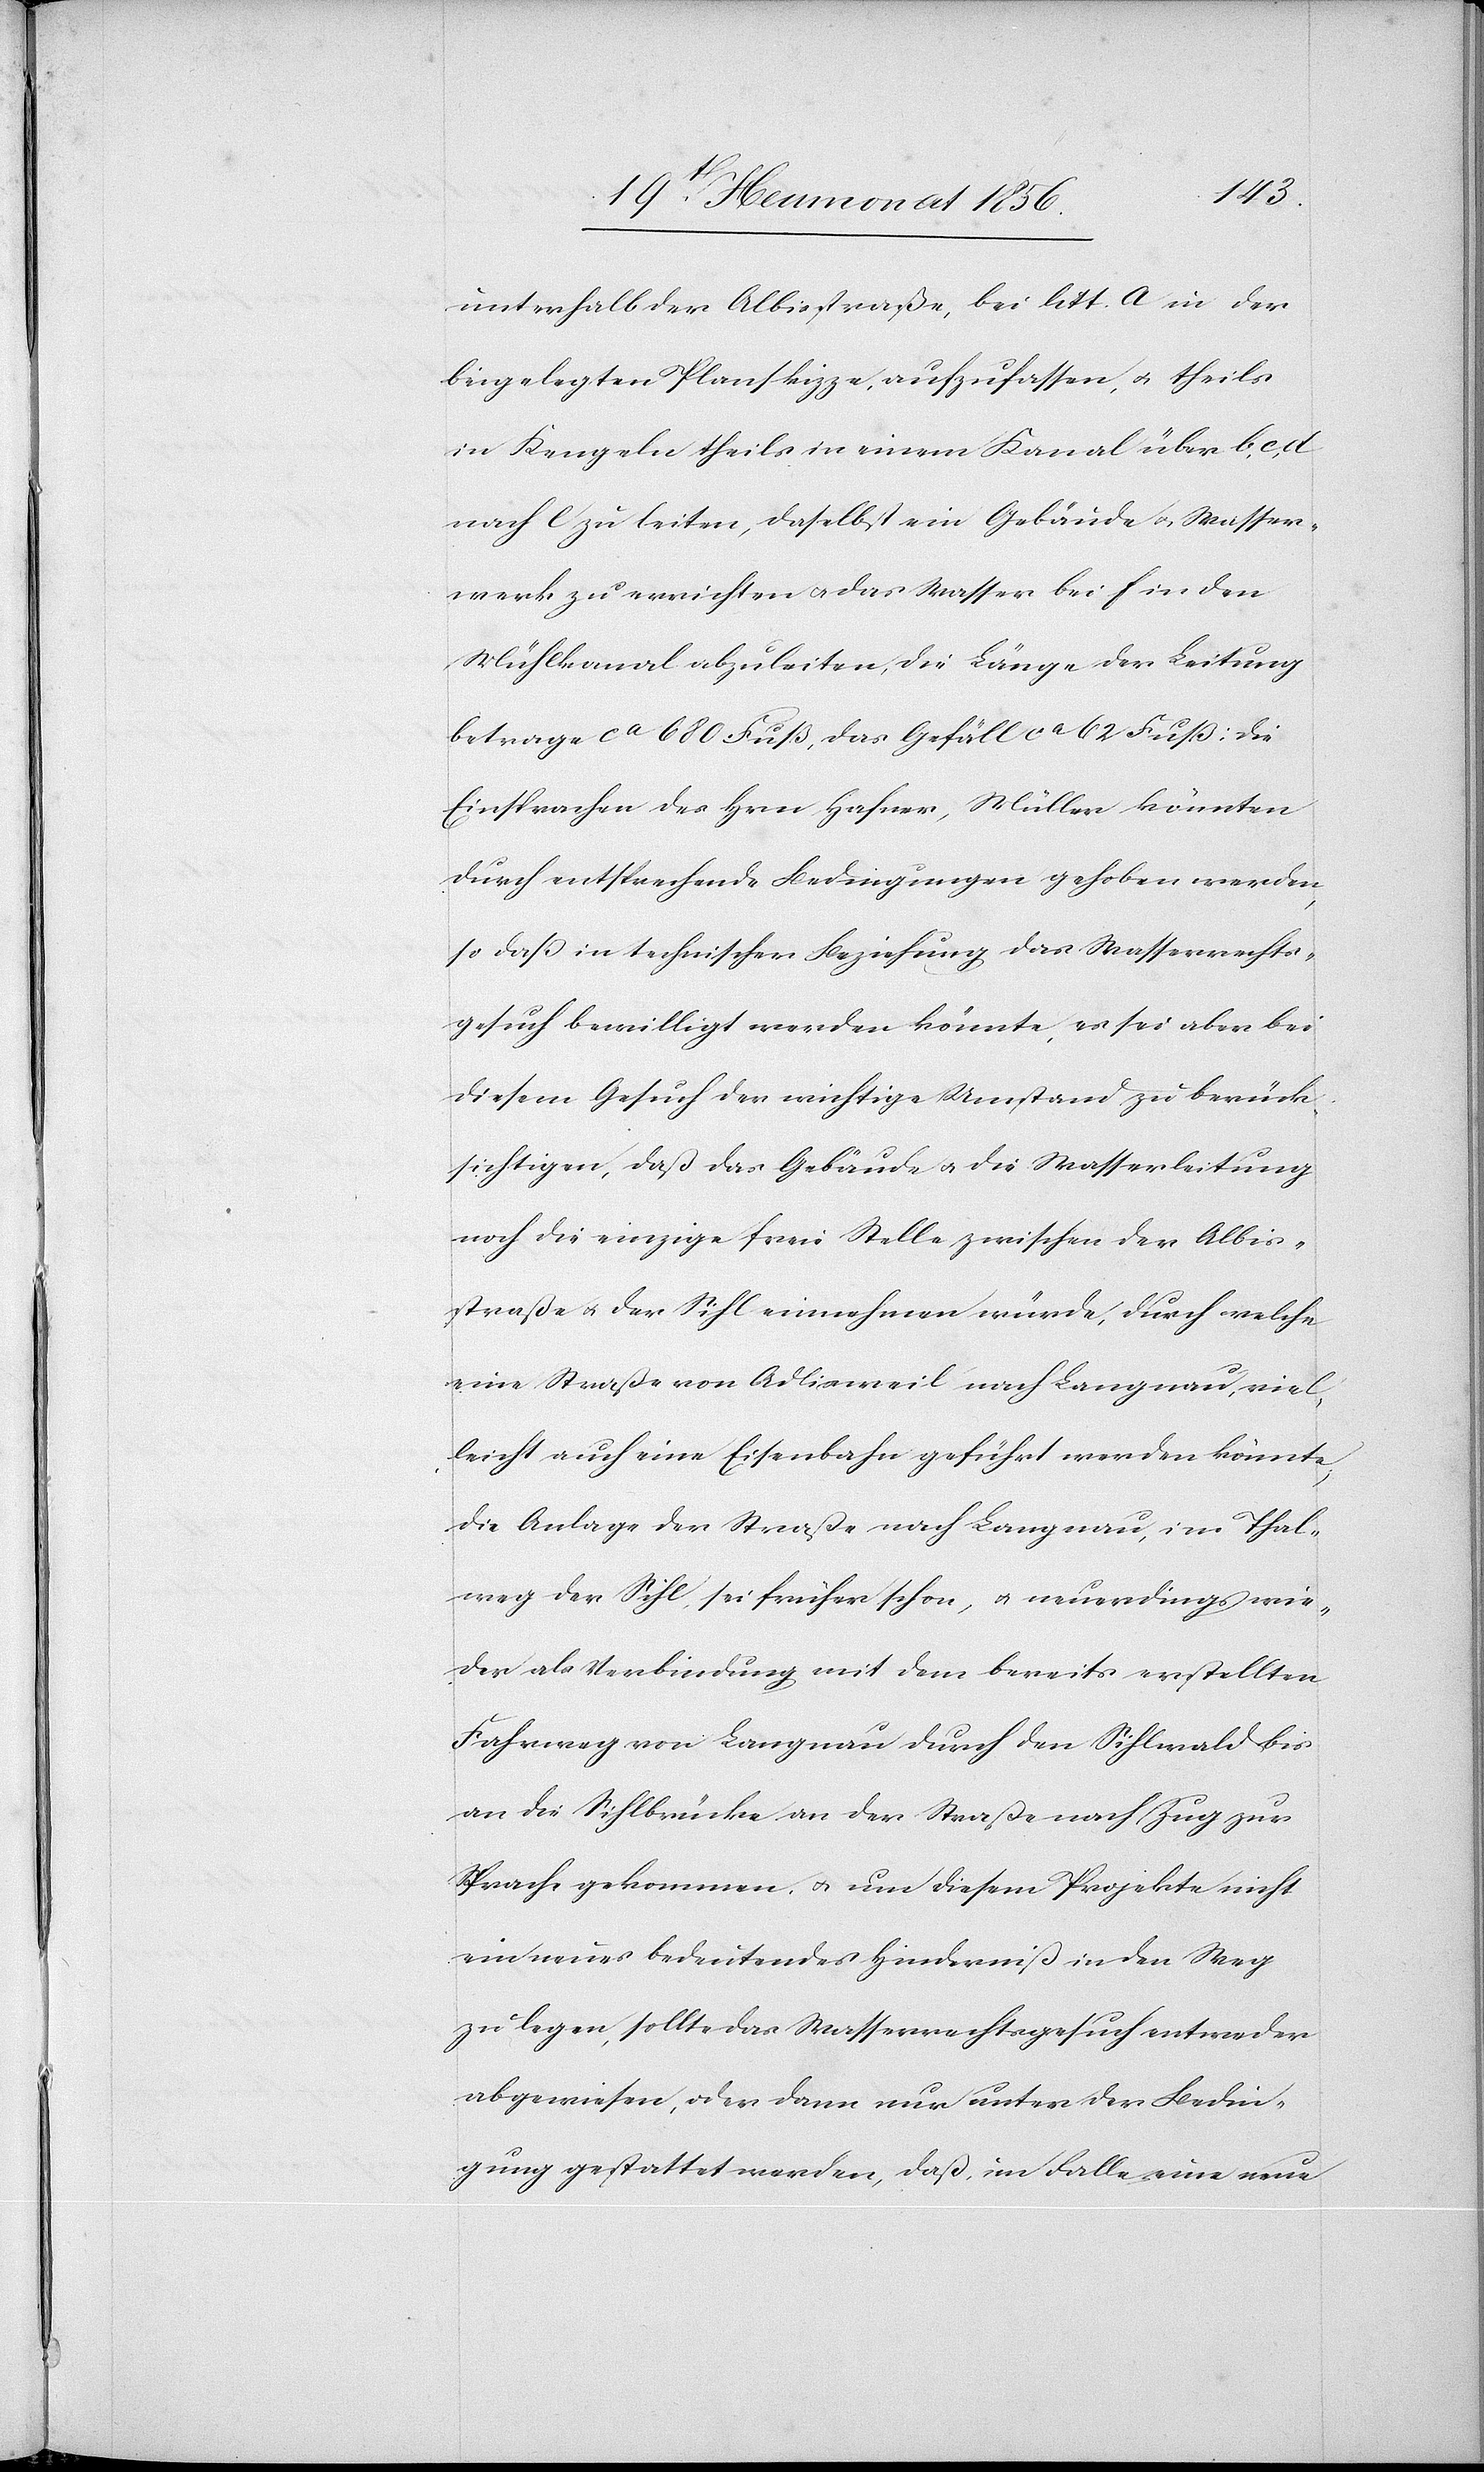
unterhalb der Albisstraße, bei litt. a in der
beigelegten Planskizze, aufzufassen, u. theils
in Kengeln theils in einem Kanal über b,
nach e zu leiten, daselbst ein Gebäude u. Wasser¬
werk zu errichten u. das Wasser bei f in den
Mühlkanal abzuleiten, die Länge der Leitung
betrage ca 680 Fuß, das Gefäll ca 62 Fuß: die
Einsprachen des Hrn Hafner, Müller könnten
durch entsprechende Bedingungen gehoben werden,
so dass in technischer Beziehung das Wasserrechts¬
gesuch bewilligt werden könnte, es sei aber bei
diesem Gesuch der wichtige Umstand zu berück¬
sichtigen, daß das Gebäude u. die Wasserleitung
noch die einzige freie Stelle zwischen der Albis¬
straße u. der Sihl einnehmen würde, durch welche
eine Straße von Adlisweil nach Langnau, viel¬
leicht auch eine Eisenbahn geführt werden könnte,
die Anlage der Straße nach Langnau, im Thal¬
weg der Sihl sei früher schon, u. neuerdings wie¬
der als Verbindung mit dem bereits erstellten
Fahrweg von Langnau durch den Sihlwald bis
an die Sihlbrücke an der Straße nach Zug zur
Sprache gekommen, u. um diesem Projekte nicht
ein neues bedeutendes Hinderniß in den Weg
zu legen, sollte das Wasserrechtsgesuch entweder
abgewiesen, oder dann nur unter der Bedin¬
gung gestattet werden, daß im Falle eine neue